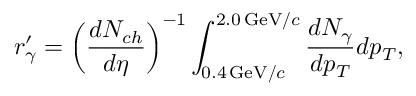
r _ { \gamma } ^ { \prime } = \left( \frac { d N _ { c h } } { d \eta } \right) ^ { - 1 } \int _ { 0 . 4 \, \mathrm { G e V } / c } ^ { 2 . 0 \, \mathrm { G e V } / c } \frac { d N _ { \gamma } } { d p _ { T } } d p _ { T } ,